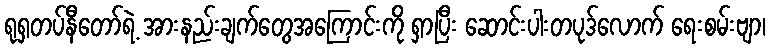
ရုရှတပ်နီတော်ရဲ့ အားနည်းချက်တွေအကြောင်းကို ရှာပြီး ဆောင်းပါးတပုဒ်လောက် ရေးစမ်းဗျာ၊